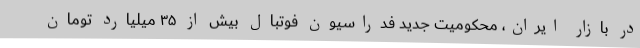
در بازار ایران، محکومیت جدید فدراسیون فوتبال بیش از ۳۵ میلیارد تومان